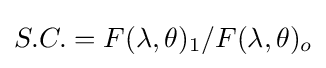
S.C.=F(\lambda ,\theta )_{1}/F(\lambda ,\theta )_{o}